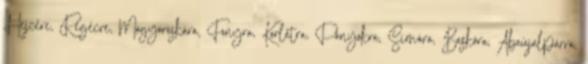
Hejcére, Regécre, Mogyoróskára, Fonyra, Korlátra, Pányokra, Simára, Baskóra, Abaújalpárra,